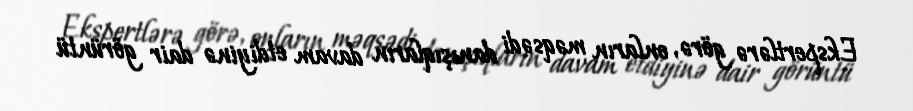
Ekspertlərə görə, onların məqsədi danışıqların davam etdiyinə dair görüntü